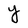
Character: Y